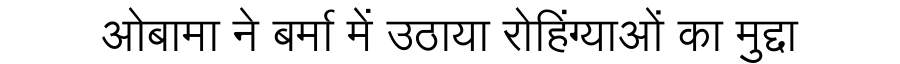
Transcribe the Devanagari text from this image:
ओबामा ने बर्मा में उठाया रोहिंग्याओं का मुद्दा